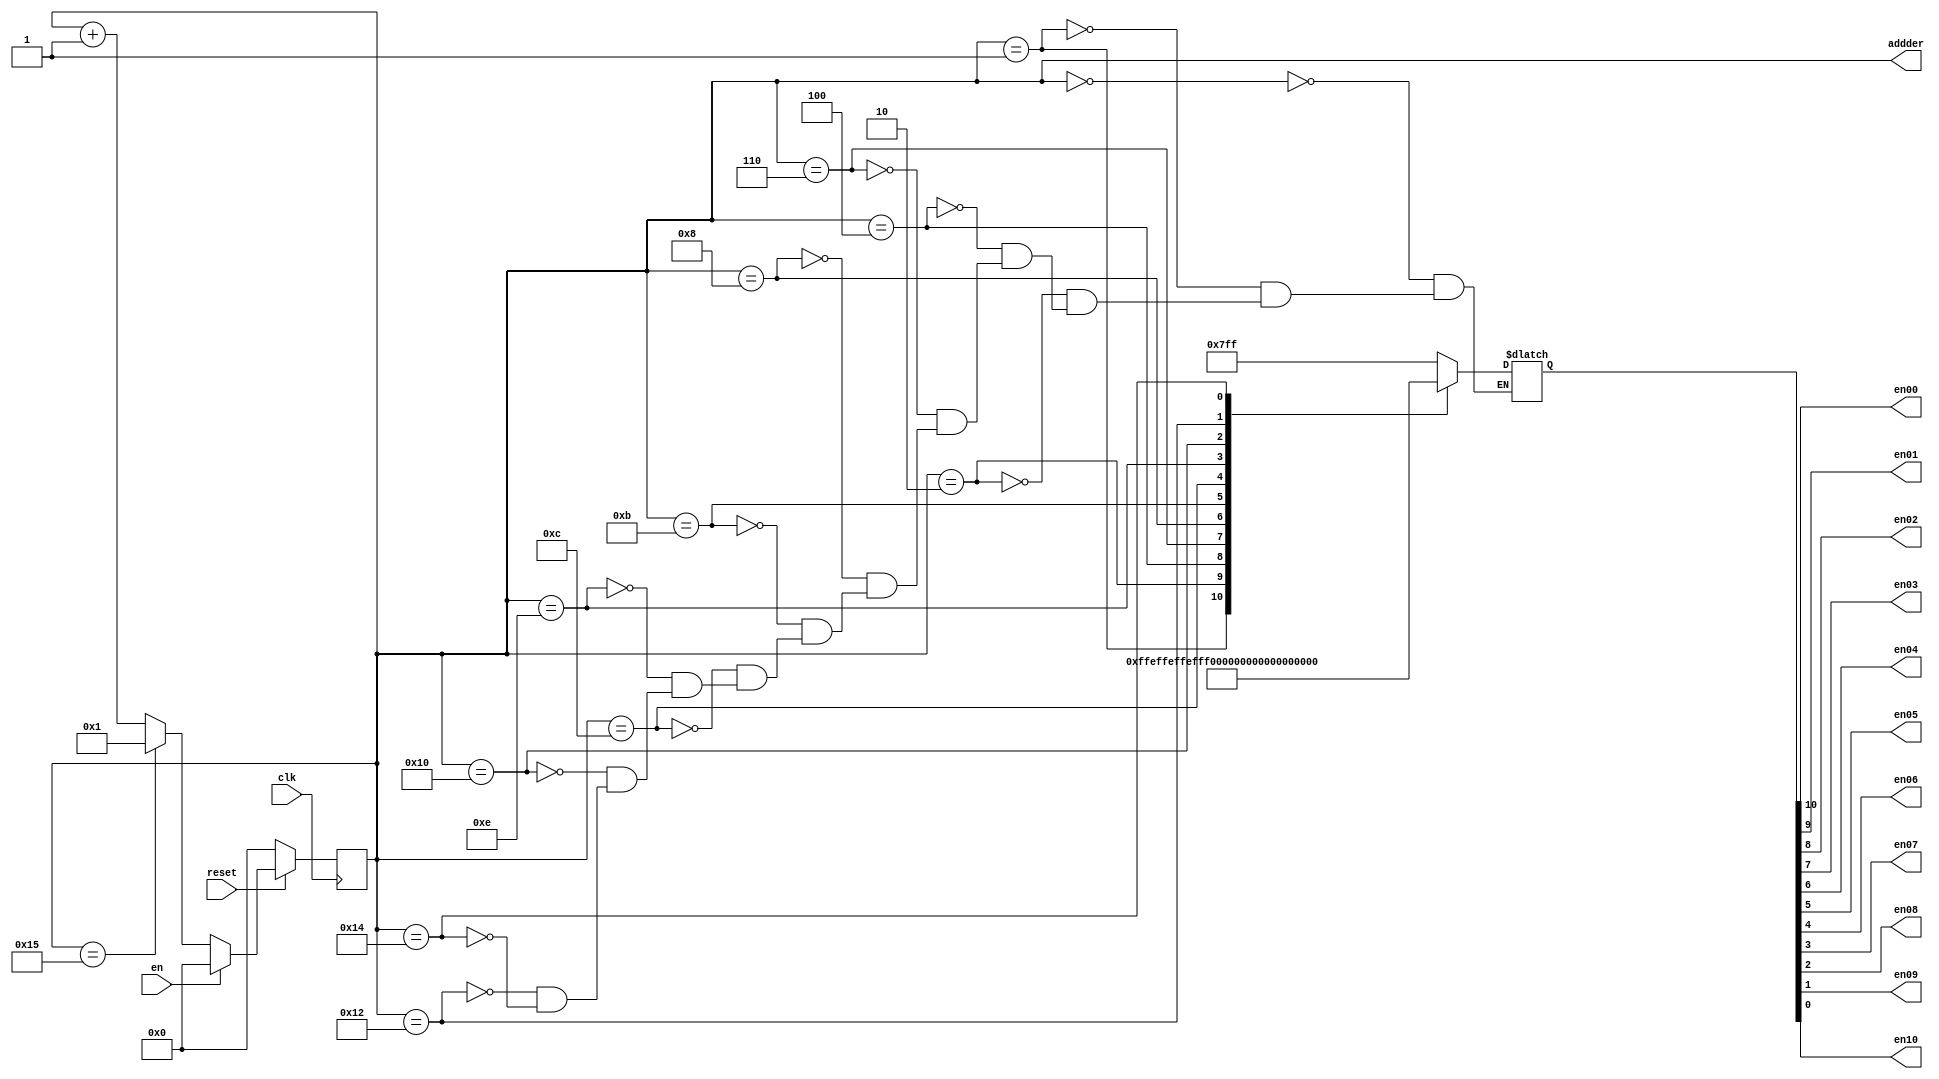
module net_state_ctrl(clk,en,reset,en00,en01,en02,en03,en04,
							en05,en06,en07,en08,en09,en10,addder);
input clk,en,reset;
output en00,en01,en02,en03,en04,en05,en06,en07,en08,en09,en10;

/*en00en01
  en02en03
  en04
  en05en06
  en07en08
  en09en10
  */
output [6:0] addder;					//7
reg [10:0] state;						//11
reg [6:0] addder;
always @ (posedge clk)
begin
	if (!reset)
		addder<=0;
	else if (!en)
		begin
			if(addder==21)
				addder<=1;
			else
				addder<=addder+1'b1;
			end
	else addder<=0;
	end
	
assign {en00,en01,en02,en03,en04,en05,en06,en07,
		en08,en09,en10}=state;			//
always @ (addder,state)
begin
	case (addder)
	
	6'd0	:	state = 11'b111_111_111_11;	//
	6'd1	:	state = 11'b011_111_111_11;	//
	6'd2	:	state = 11'b101_111_111_11;	//
	6'd4	:	state = 11'b110_111_111_11;	//5
	6'd6	:	state = 11'b111_011_111_11;	//5
	6'd8	:	state = 11'b111_101_111_11;	//5
	6'd11	:	state = 11'b111_110_111_11;	//
	6'd12	:	state = 11'b111_111_011_11;	//
	6'd14	:	state = 11'b111_111_101_11;	//
	6'd16	:	state = 11'b111_111_110_11;	//4
	6'd18	:	state = 11'b111_111_111_01;	//4
	6'd20	:	state = 11'b111_111_111_10;	//
	
	
	default :state = state;
	endcase
end
endmodule